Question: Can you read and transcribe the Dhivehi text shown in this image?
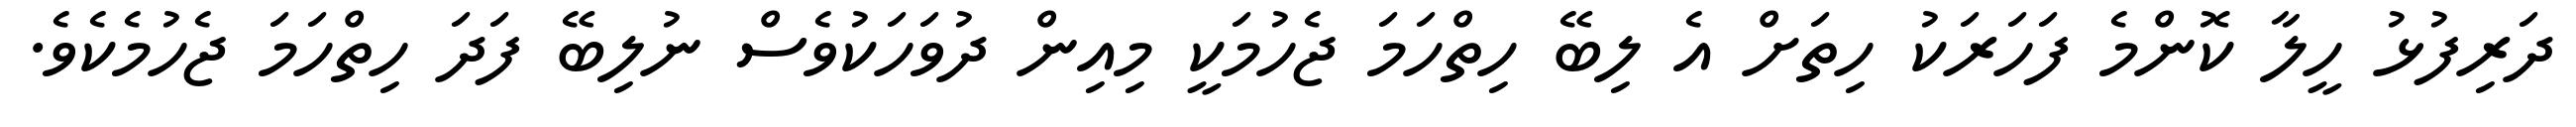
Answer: ދަރިފުޅު ހީލާ ކޮންމެ ފަހަރަކު ހިތަށް އެ ލިބޭ ހިތްހަމަ ޖެހުމަކީ މިއިން ދުވަހަކުވެސް ނުލިބޭ ފަދަ ހިތްހަމަ ޖެހުމެކެވެ.